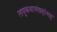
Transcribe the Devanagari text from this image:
लघुकथासंग्रहांसह